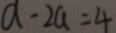
d - 2 a = 4